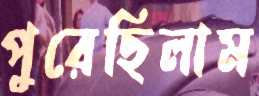
পুরেছিলাম